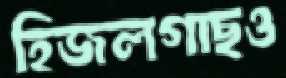
হিজলগাছও